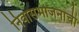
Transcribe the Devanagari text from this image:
निवासभोजनाची